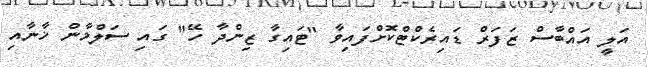
އަލީ އައްބާސް ޒަފަރް ޑައިރެކްޓްކޮށްފައިވާ "ޓައިގާ ޒިންދާ ހޭ" ގައި ސަލްމާން ޚާނާއި